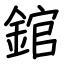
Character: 錧